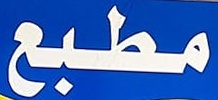
مطبع